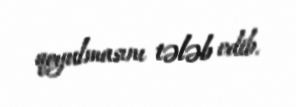
qoyulmasını tələb edib.